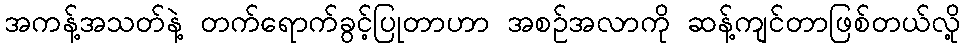
အကန့်အသတ်နဲ့ တက်ရောက်ခွင့်ပြုတာဟာ အစဉ်အလာကို ဆန့်ကျင်တာဖြစ်တယ်လို့